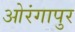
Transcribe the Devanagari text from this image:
ओरंगापुर